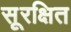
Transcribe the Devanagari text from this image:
सूरक्षित